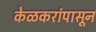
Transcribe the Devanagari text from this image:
केळकरांपासून